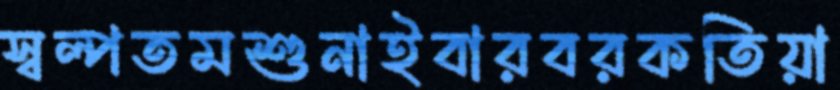
স্বল্পতমশুনাইবারবরকতিয়া